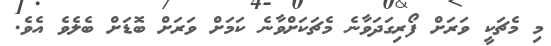
މި މެޗަކީ ވަރަށް ފޯރިގަދަވާނެ މެޗަކަށްވާނެ ކަމަށް ވަރަށް ބޮޑަށް ބެލެވެ އެވެ.